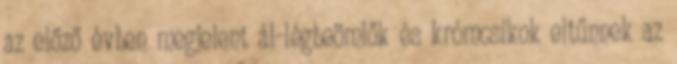
az előző évben megjelent ál-légbeömlők és krómcsíkok eltűnnek az